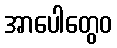
အာပေါတွေဝ